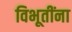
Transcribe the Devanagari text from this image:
विभूतींना